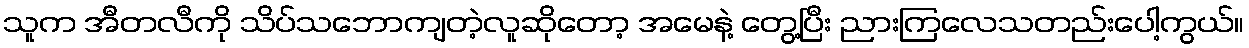
သူက အီတလီကို သိပ်သဘောကျတဲ့လူဆိုတော့ အမေနဲ့ တွေ့ပြီး ညားကြလေသတည်းပေါ့ကွယ်။